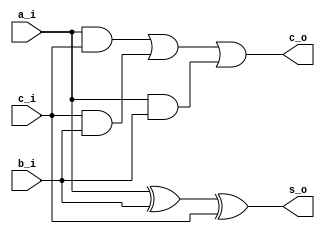
/* Todos los archivos rotulados as:
	Proyecto: 		fulladder1bit
	Archivo:			fulladder1bit.v
	Equipo:			4
	Integrantes:	Candia Navarro Ivn
						Flores Estopier Rodrigo
						Martnez Sal
						Nava Izquierdo Csar
			
	Descripcion:	Sumador Completo

*/


module fulladder1bit(
	input		a_i,
	input		b_i,
	input		c_i,
	output	c_o,
	output	s_o
);	
	//seccion de declaracion de seales
	wire		axorb_w;
	wire		aandc_w;
	wire		candb_w;
	wire		aandb_w;
	
	//la XOR Gate
	assign	axorb_w	=	a_i ^ b_i;
	//2a XOR Gate
	assign	s_o		=	axorb_w ^ c_i;
	
	//1a AND Gate
	assign	aandc_w	=	a_i & c_i;
	//2a AND Gate
	assign	candb_w	=	c_i & b_i;	
	//3a AND Gate
	assign	aandb_w	=	a_i & b_i;
	
	//OR Gate
	assign	c_o		=	aandc_w | candb_w	| aandb_w;
endmodule